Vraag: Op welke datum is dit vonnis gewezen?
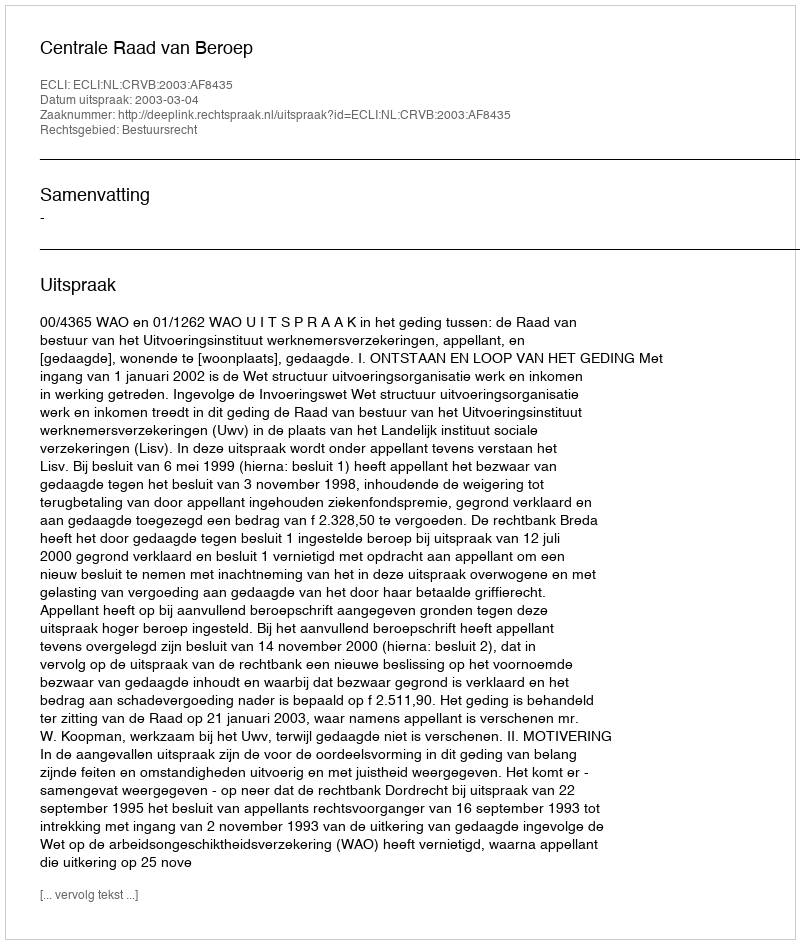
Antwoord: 2003-03-04